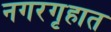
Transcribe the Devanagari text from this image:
नगरगृहात